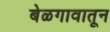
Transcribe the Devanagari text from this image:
बेळगावातून